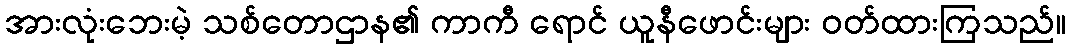
အားလုံးဘေးမဲ့ သစ်တောဌာန၏ ကာကီ ရောင် ယူနီဖောင်းများ ဝတ်ထားကြသည်။